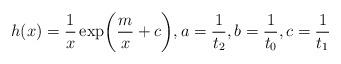
LaTeX: \begin{align*}h(x)={1\over x}\exp\biggl({m\over x}+c\biggr),a={1\over t_2},b={1\over t_0},c={1\over t_1}\end{align*}